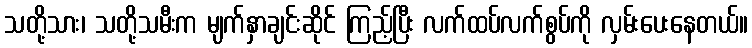
သတို့သား၊ သတို့သမီးက မျက်နှာချင်းဆိုင် ကြည့်ပြီး လက်ထပ်လက်စွပ်ကို လှမ်းပေးနေတယ်။